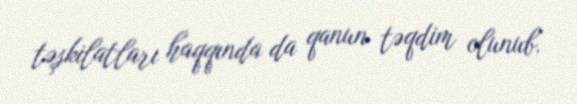
təşkilatları haqqında da qanun təqdim olunub.